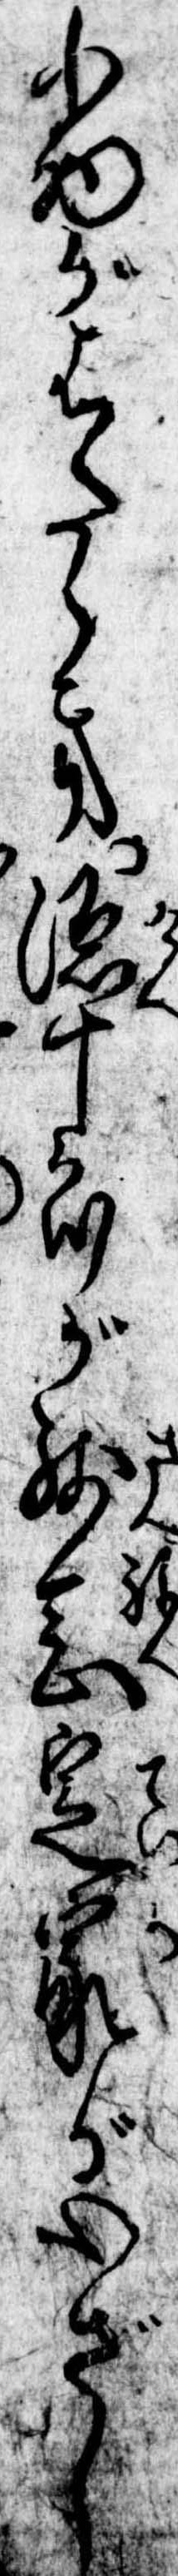
小助がはたらき源十郎が残念定家が心ざし